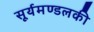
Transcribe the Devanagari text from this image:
सूर्यमण्डलकी